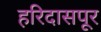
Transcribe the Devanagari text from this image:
हरिदासपूर